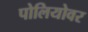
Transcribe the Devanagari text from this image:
पोलियोवर